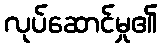
လုပ်ဆောင်မှု၏